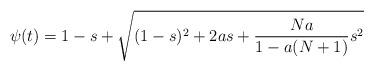
LaTeX: \begin{align*}\psi (t) = 1-s + \sqrt{(1-s)^2 + 2 a s + \frac{Na}{1-a(N+1)} s^2}\end{align*}